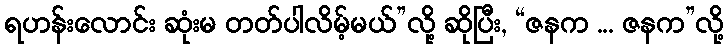
ရဟန်းလောင်း ဆုံးမ တတ်ပါလိမ့်မယ်”လို့ ဆိုပြီး, “ဇနက ... ဇနက”လို့